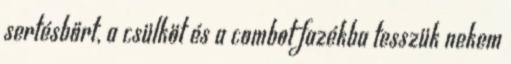
sertésbőrt, a csülköt és a combot fazékba tesszük nekem